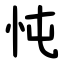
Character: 忳